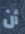
أن